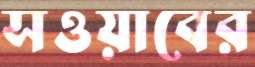
সওয়াবের